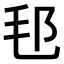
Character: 𣬤